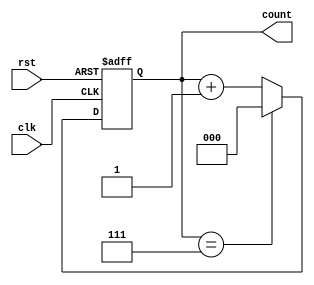
module binary_counter (
    input wire clk,        // Clock input
    input wire rst,        // Asynchronous reset input
    output reg [2:0] count // 3-bit count output (0 to 7)
);

    // Always block triggered on the rising edge of the clock or when reset is asserted
    always @(posedge clk or posedge rst) begin
        if (rst) begin
            count <= 3'b000; // Reset count to 0
        end else begin
            if (count == 3'b111) begin
                count <= 3'b000; // Wrap around to 0 if maximum value is reached
            end else begin
                count <= count + 1; // Increment count
            end
        end
    end

endmodule